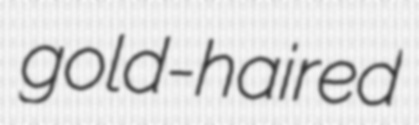
gold-haired